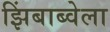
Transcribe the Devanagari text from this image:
झिंबाब्वेला